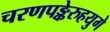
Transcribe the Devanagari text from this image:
चरणपङ्केरुहयुगे